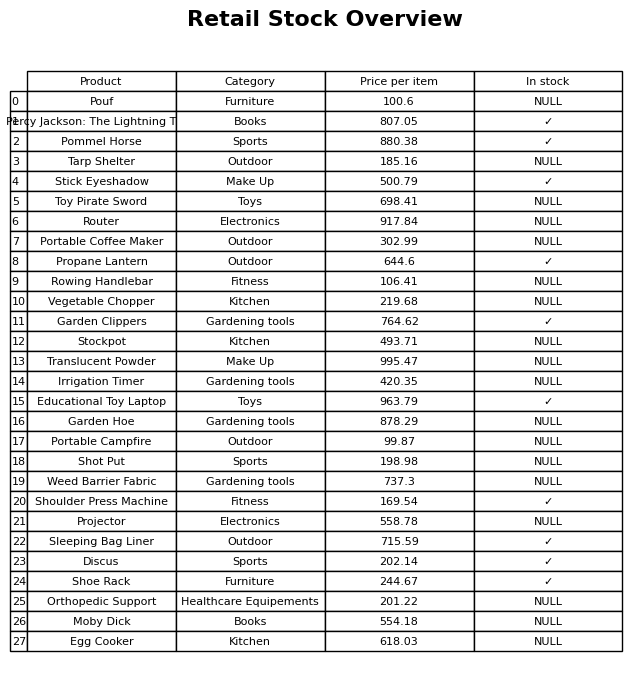
question: What category does the Portable Coffee Maker belong to?
answer: Outdoor